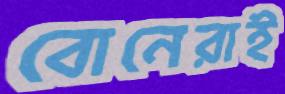
বোনেরাই